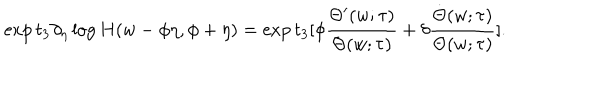
LaTeX: \exp t _ { 3 } \partial _ { \eta } \log H ( w - \phi \eta , \phi + \eta ) = \exp t _ { 3 } [ \phi \frac { \Theta ^ { \prime } ( w ; \tau ) } { \Theta ( w ; \tau ) } + \delta \frac { \dot { \Theta } ( w ; \tau ) } { \Theta ( w ; \tau ) } ] .